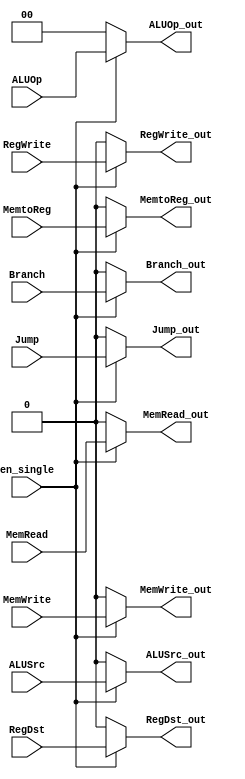

module mux4( en_single, RegDst, ALUSrc, MemtoReg, RegWrite, MemRead, MemWrite, Branch, Jump, ALUOp,
			 RegDst_out, ALUSrc_out, MemtoReg_out, RegWrite_out, MemRead_out, MemWrite_out, Branch_out, Jump_out, ALUOp_out);

    
    input en_single;
    input RegDst, ALUSrc, MemtoReg, RegWrite, MemRead, MemWrite, Branch, Jump;
	input [1:0] ALUOp;
	
    output RegDst_out, ALUSrc_out, MemtoReg_out, RegWrite_out, MemRead_out, MemWrite_out, Branch_out, Jump_out;
	output [1:0] ALUOp_out;
	
    reg RegDst_out, ALUSrc_out, MemtoReg_out, RegWrite_out, MemRead_out, MemWrite_out, Branch_out, Jump_out;
	reg [1:0] ALUOp_out;
	
	always@( en_single or RegDst or ALUSrc or MemtoReg or RegWrite or MemRead or MemWrite or Branch or Jump or ALUOp )
	begin
	  case(en_single)
	    1'b1 : begin 
		  RegDst_out <= RegDst ;
		  ALUSrc_out <= ALUSrc ;
		  MemtoReg_out <= MemtoReg ;
          RegWrite_out <= RegWrite ;
          MemRead_out <= MemRead ;
          MemWrite_out <= MemWrite ;
          Branch_out <= Branch ;
          Jump_out <= Jump ;
          ALUOp_out <= ALUOp ;
		end
		
	    default begin
		  RegDst_out <= 1'b0 ;
		  ALUSrc_out <= 1'b0 ;
		  MemtoReg_out <= 1'b0 ;
          RegWrite_out <= 1'b0 ;
          MemRead_out <= 1'b0 ;
          MemWrite_out <= 1'b0 ;
          Branch_out <= 1'b0 ;
          Jump_out <= 1'b0 ;
          ALUOp_out <= 2'b0 ;
		end
	  endcase
	end  
	
endmodule